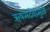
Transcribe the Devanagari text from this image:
ऋषभदेवामुळे